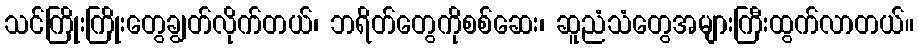
သင်ကြိုးကြိုးတွေချွတ်လိုက်တယ်၊ ဘရိတ်တွေကိုစစ်ဆေး၊ ဆူညံသံတွေအများကြီးထွက်လာတယ်။